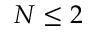
N \leq 2